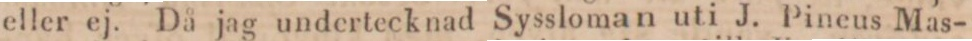
eller ej. Då jag undertecknad Syssloman uti J. Pineus Mas-